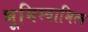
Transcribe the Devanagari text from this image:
भूमिस्वामित्व